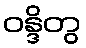
ဝန္ဒိတွ